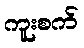
ကူးစက်